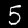
Digit: 5